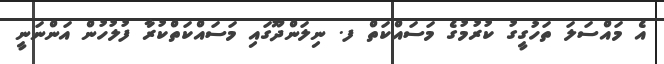
އެ މައްސަލަ ތަހުގީގު ކުރުމުގެ މަސައްކަތް ފ. ނިލަންދޫގައި މަސައްކަތްކުރާ ފުލުހުން އަންނަނީ